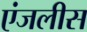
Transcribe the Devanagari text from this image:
एंजलीस